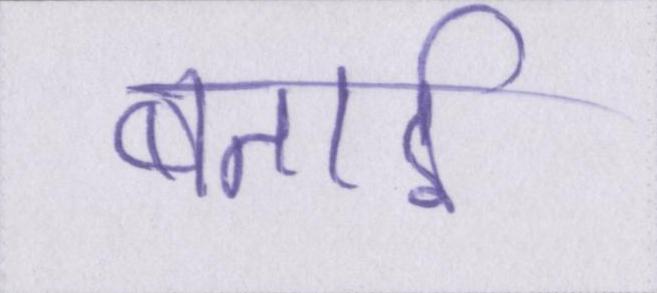
बताई